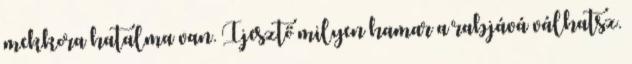
mekkora hatalma van. Ijesztő milyen hamar a rabjává válhatsz.